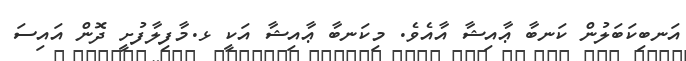
އަނބިކަބަލުން ކަނބާ ޢާއިޝާ އާއެވެ. މިކަނބާ ޢާއިޝާ އަކީ ޅ.މާފިލާފުށީ ދޮން އައިސަ